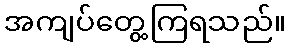
အကျပ်တွေ့ကြရသည်။